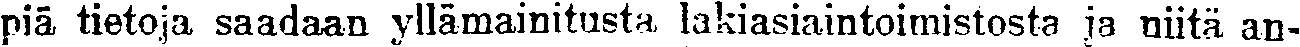
piä tietoja saadaan yllämainitusta lakiasiaintoimistosta ja niitä an-